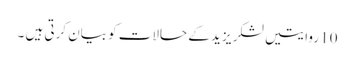
10 روایتیں لشکر یزید کے حالات کو بیان کرتی ہیں ۔